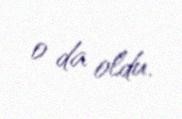
o da oldu.